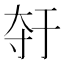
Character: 𫯣